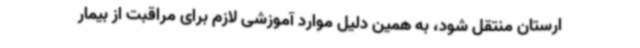
ارستان منتقل شود، به همین دلیل موارد آموزشی لازم برای مراقبت از بیمار